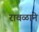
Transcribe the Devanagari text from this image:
रावळाने